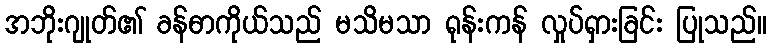
အဘိုးဂျုတ်၏ ခန်ဓာကိုယ်သည် မသိမသာ ရုန်းကန် လှုပ်ရှားခြင်း ပြုသည်။